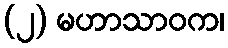
(၂) မဟာသာဝက၊